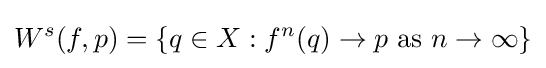
W^{s}(f,p)=\{q\in X:f^{n}(q)\to p{\mbox{ as }}n\to \infty \}